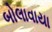
બોલાવાયા